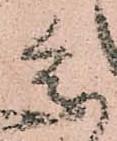
参